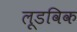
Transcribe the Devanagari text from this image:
लूडविक